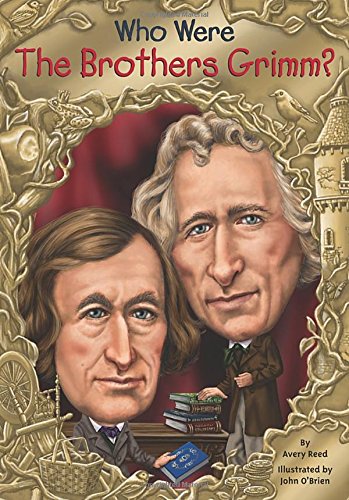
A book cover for Who Were the Brothers Grimm? (Who Was...?); Avery Reed; Children's Books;